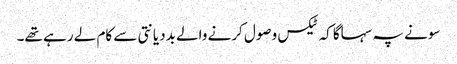
‏ سونے پہ سہاگا کہ ٹیکس وصول کرنے والے بددیانتی سے کام لے رہے تھے۔